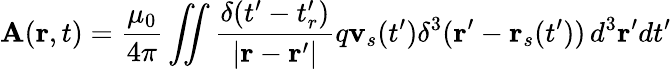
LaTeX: \mathbf{A}(\mathbf{r},t)={\frac{\mu_{0}}{4\pi}}\iint{\frac{\delta(t^{\prime}-t_{r}^{\prime})}{|\mathbf{r}-\mathbf{r}^{\prime}|}}q\mathbf{v}_{s}(t^{\prime})\delta^{3}(\mathbf{r^{\prime}}-\mathbf{r}_{s}(t^{\prime}))\, d^{3}\mathbf{r}^{\prime}dt^{\prime}